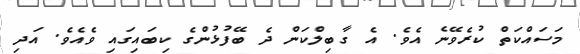
މަސައްކަތް ކުރެވޭނެ އެވެ. އެ ގާބިލްކަން ދެ ބޭފުޅުންގެ ކިބައިގައި ވެއެވެ. އަދި